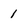
Character: 1